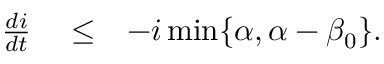
\begin{array} { r l r } { \frac { d i } { d t } } & { { } \le } & { - i \operatorname* { m i n } \{ \alpha , \alpha - \beta _ { 0 } \} . } \end{array}